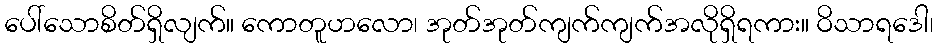
ပေါ်သောစိတ်ရှိလျက်။ ကောတူဟလော၊ အုတ်အုတ်ကျက်ကျက်အလိုရှိရကား။ ဝိသာရဒေါ၊